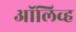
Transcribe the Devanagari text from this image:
अाॅलिव्ह